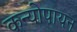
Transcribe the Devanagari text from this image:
कन्योपायन